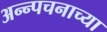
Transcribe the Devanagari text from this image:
अन्न्पचनाच्या